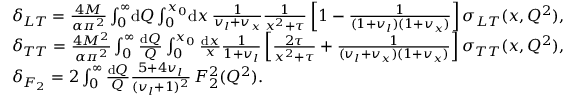
\begin{array} { r l } & { \delta _ { L T } = \frac { 4 M } { \alpha \pi ^ { 2 } } \int _ { 0 } ^ { \infty } \! \mathrm { d } Q \int _ { 0 } ^ { x _ { 0 } } \! \mathrm { d } x \, \frac { 1 } { v _ { l } + v _ { x } } \frac { 1 } { x ^ { 2 } + \tau } \left[ 1 - \frac { 1 } { ( 1 + v _ { l } ) ( 1 + v _ { x } ) } \right] \sigma _ { L T } ( x , Q ^ { 2 } ) , } \\ & { \delta _ { T T } = \frac { 4 M ^ { 2 } } { \alpha \pi ^ { 2 } } \int _ { 0 } ^ { \infty } \frac { \mathrm { d } Q } { Q } \int _ { 0 } ^ { x _ { 0 } } \frac { \mathrm { d } x } { x } \frac { 1 } { 1 + v _ { l } } \left[ \frac { 2 \tau } { x ^ { 2 } + \tau } + \frac { 1 } { ( v _ { l } + v _ { x } ) ( 1 + v _ { x } ) } \right] \sigma _ { T T } ( x , Q ^ { 2 } ) , } \\ & { \delta _ { F _ { 2 } } = 2 \int _ { 0 } ^ { \infty } \frac { \mathrm { d } Q } { Q } \frac { 5 + 4 v _ { l } } { ( v _ { l } + 1 ) ^ { 2 } } \, F _ { 2 } ^ { 2 } ( Q ^ { 2 } ) . } \end{array}